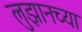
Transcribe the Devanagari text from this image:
लुझानच्या